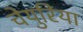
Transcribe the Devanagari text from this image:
चेयुरिया